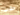
حفرت